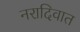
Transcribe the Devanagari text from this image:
नरादिवात